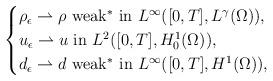
LaTeX: \begin{align*}\begin{cases}\rho_\epsilon\rightharpoonup \rho \ {\rm{weak^*\ in}}\ L^\infty([0,T], L^\gamma(\Omega)),\\u_\epsilon\rightharpoonup u \ {\rm{in}}\ L^2([0,T], H^1_0(\Omega)),\\d_\epsilon\rightharpoonup d \ {\rm{weak^*\ in}}\ L^\infty([0,T], H^1(\Omega)),\end{cases}\end{align*}